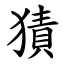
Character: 㺓